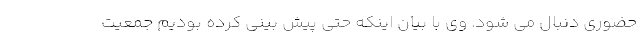
حضوری دنبال می شود. وی با بیان اینکه حتی پیش بینی کرده بودیم جمعیت